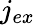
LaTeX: j_{ex}